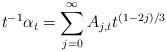
LaTeX: \begin{align*}t^{-1} \alpha_t = \sum_{j=0}^\infty A_{j,t} t^{(1-2j)/3}\end{align*}